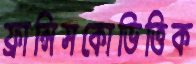
ফ্রান্সিসকোভিত্তিক